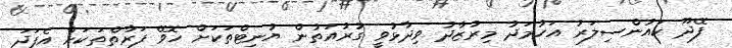
ފޭދޫ ކައުންސިލަރު އަހުމަދު މިރުޒާދު ވިދާޅުވީ ގުރުއަތުން ޔުނިޓްތަކަށް ހޮވޭ ފަރާތްތަކަށް އެފަދަ